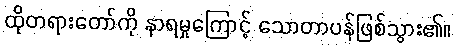
ထိုတရားတော်ကို နာရမှုကြောင့် သောတာပန်ဖြစ်သွား၏။